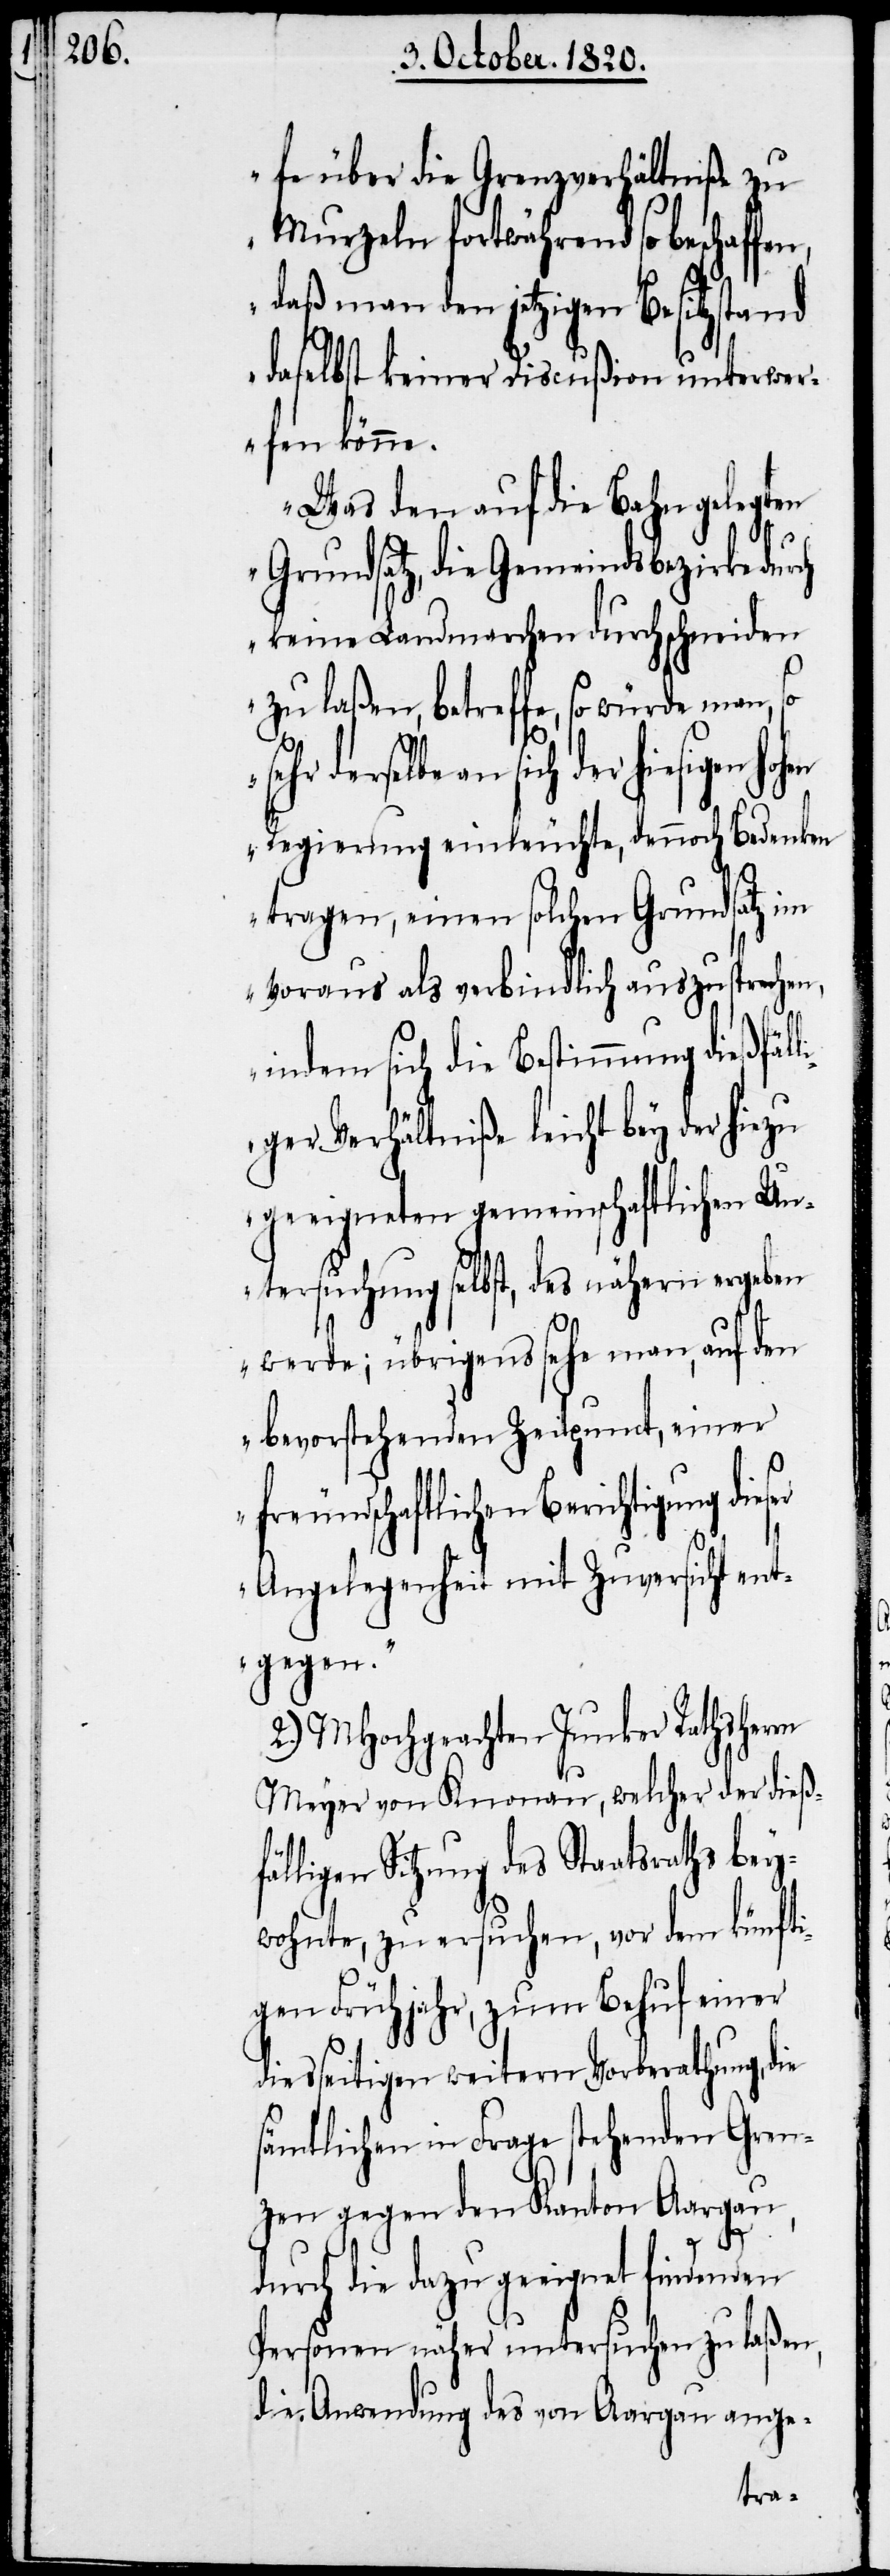
ser

fe über die Grenzverhältniße zu
Murzeln fortwährend so beschaf¬
daß man den jetzigen Besitzstand
daselbst keiner Discußion unterwer¬
fen könne.
Was den auf die Bahn gelegten
Grundsatz, die Gemeindsbezirke
keine Landmarchen durchschneiden
zu laßen, betreffe, so würde man,
sich der hiesigen hohen
Regierung einleuchte, dennoch Bedenken
tragen, einen solchen Grundsatz im
Voraus als verbindlich auszusprechen,
indem sich die Bestimmung dießfäll¬
iger Verhältniße leicht bey der hiezu
geeigneten gemeinschaftlichen Un¬
tersuchung selbst, des nähern ergeben
werde; übrigens sehe man, auf den
bevorstehenden Zeitpunct, einer
freundschaftlichen Berichtigung die¬
Angelegenheit mit Zuversicht ent¬
gegen“.
2.) MHochgeachten Junker Rathsherrn
Meyer von Knonau, welcher der dieß¬
fälligen Sitzung des Staatsraths bey¬
wohnte, zu ersuchen, vor dem künfti¬
gen Frühjahr, zum Behuf einer
diesseitigen weitern Vorberathung, die
sämtlichen in Frage stehenden Gren¬
zen gegen den Kanton Aargau,
durch die dazu geeignet findenden
Personen näher untersuchen zu laßen,
die Anwendung des von Aargau ange-